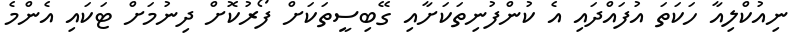
ނިއުކްލިއާ ހަކަތަ އުފައްދައި އެ ކުންފުނިތަކަށާއި ގޭބިސީތަކަށް ފޯރުކޮށް ދިނުމަށް ޓަކައި އެންމެ